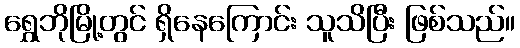
ရွှေဘိုမြို့တွင် ရှိနေကြောင်း သူသိပြီး ဖြစ်သည်။